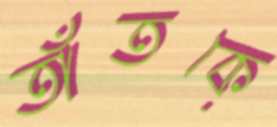
তাঁতকে